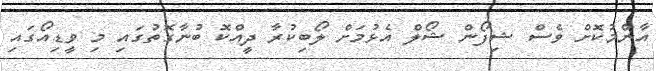
އާންމުކޮށް ވެސް ޝިފޯން ޝޯލް އެޅުމަށް ލޯބިކުރާ ދީއްކޮ ބުނާގޮތުގައި މި ވީޑިއޯގައި